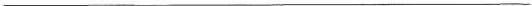
___